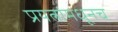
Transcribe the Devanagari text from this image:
प्रयत्नांमधूनच